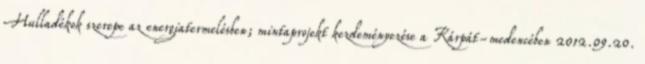
Hulladékok szerepe az energiatermelésben; mintaprojekt kezdeményezése a Kárpát-medencében 2012.09.20.